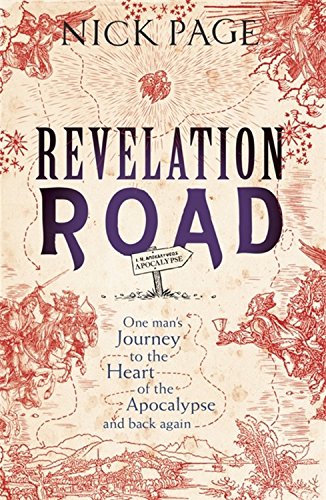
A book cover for Revelation Road: One ManEEs Journey to the Heart of Apocalypse EE and Back Again; Nick Page; Politics & Social Sciences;